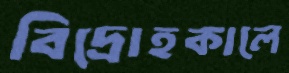
বিদ্রোহকালে